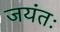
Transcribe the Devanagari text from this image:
जयंतः